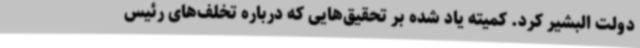
دولت البشیر کرد. کمیته یاد شده بر تحقیق‌هایی که درباره تخلف‌های رئیس